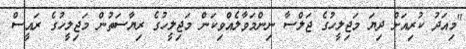
"މިއަދު ކުރިއަށް ދިޔަ މަޖިލީހުގެ ޖަލްސާ ނިންމަވާލެއްވިކަން މަޖިލީހުގެ ރިޔާސަތުން މަޖިލީހުގެ ރައީސް